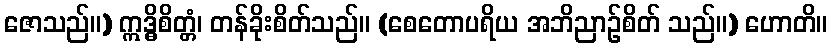
ဇောသည်။) ဣဒ္ဓိစိတ္တံ၊ တန်ခိုးစိတ်သည်။ (စေတောပရိယ အဘိညာဉ်စိတ် သည်။) ဟောတိ။